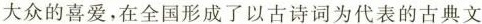
大众的喜爱，在全国形成了以古诗词为代表的古典文